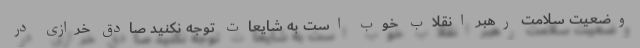
وضعیت سلامت رهبر انقلاب خوب است به شایعات توجه نکنید صادق خرازی در